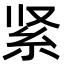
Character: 紧